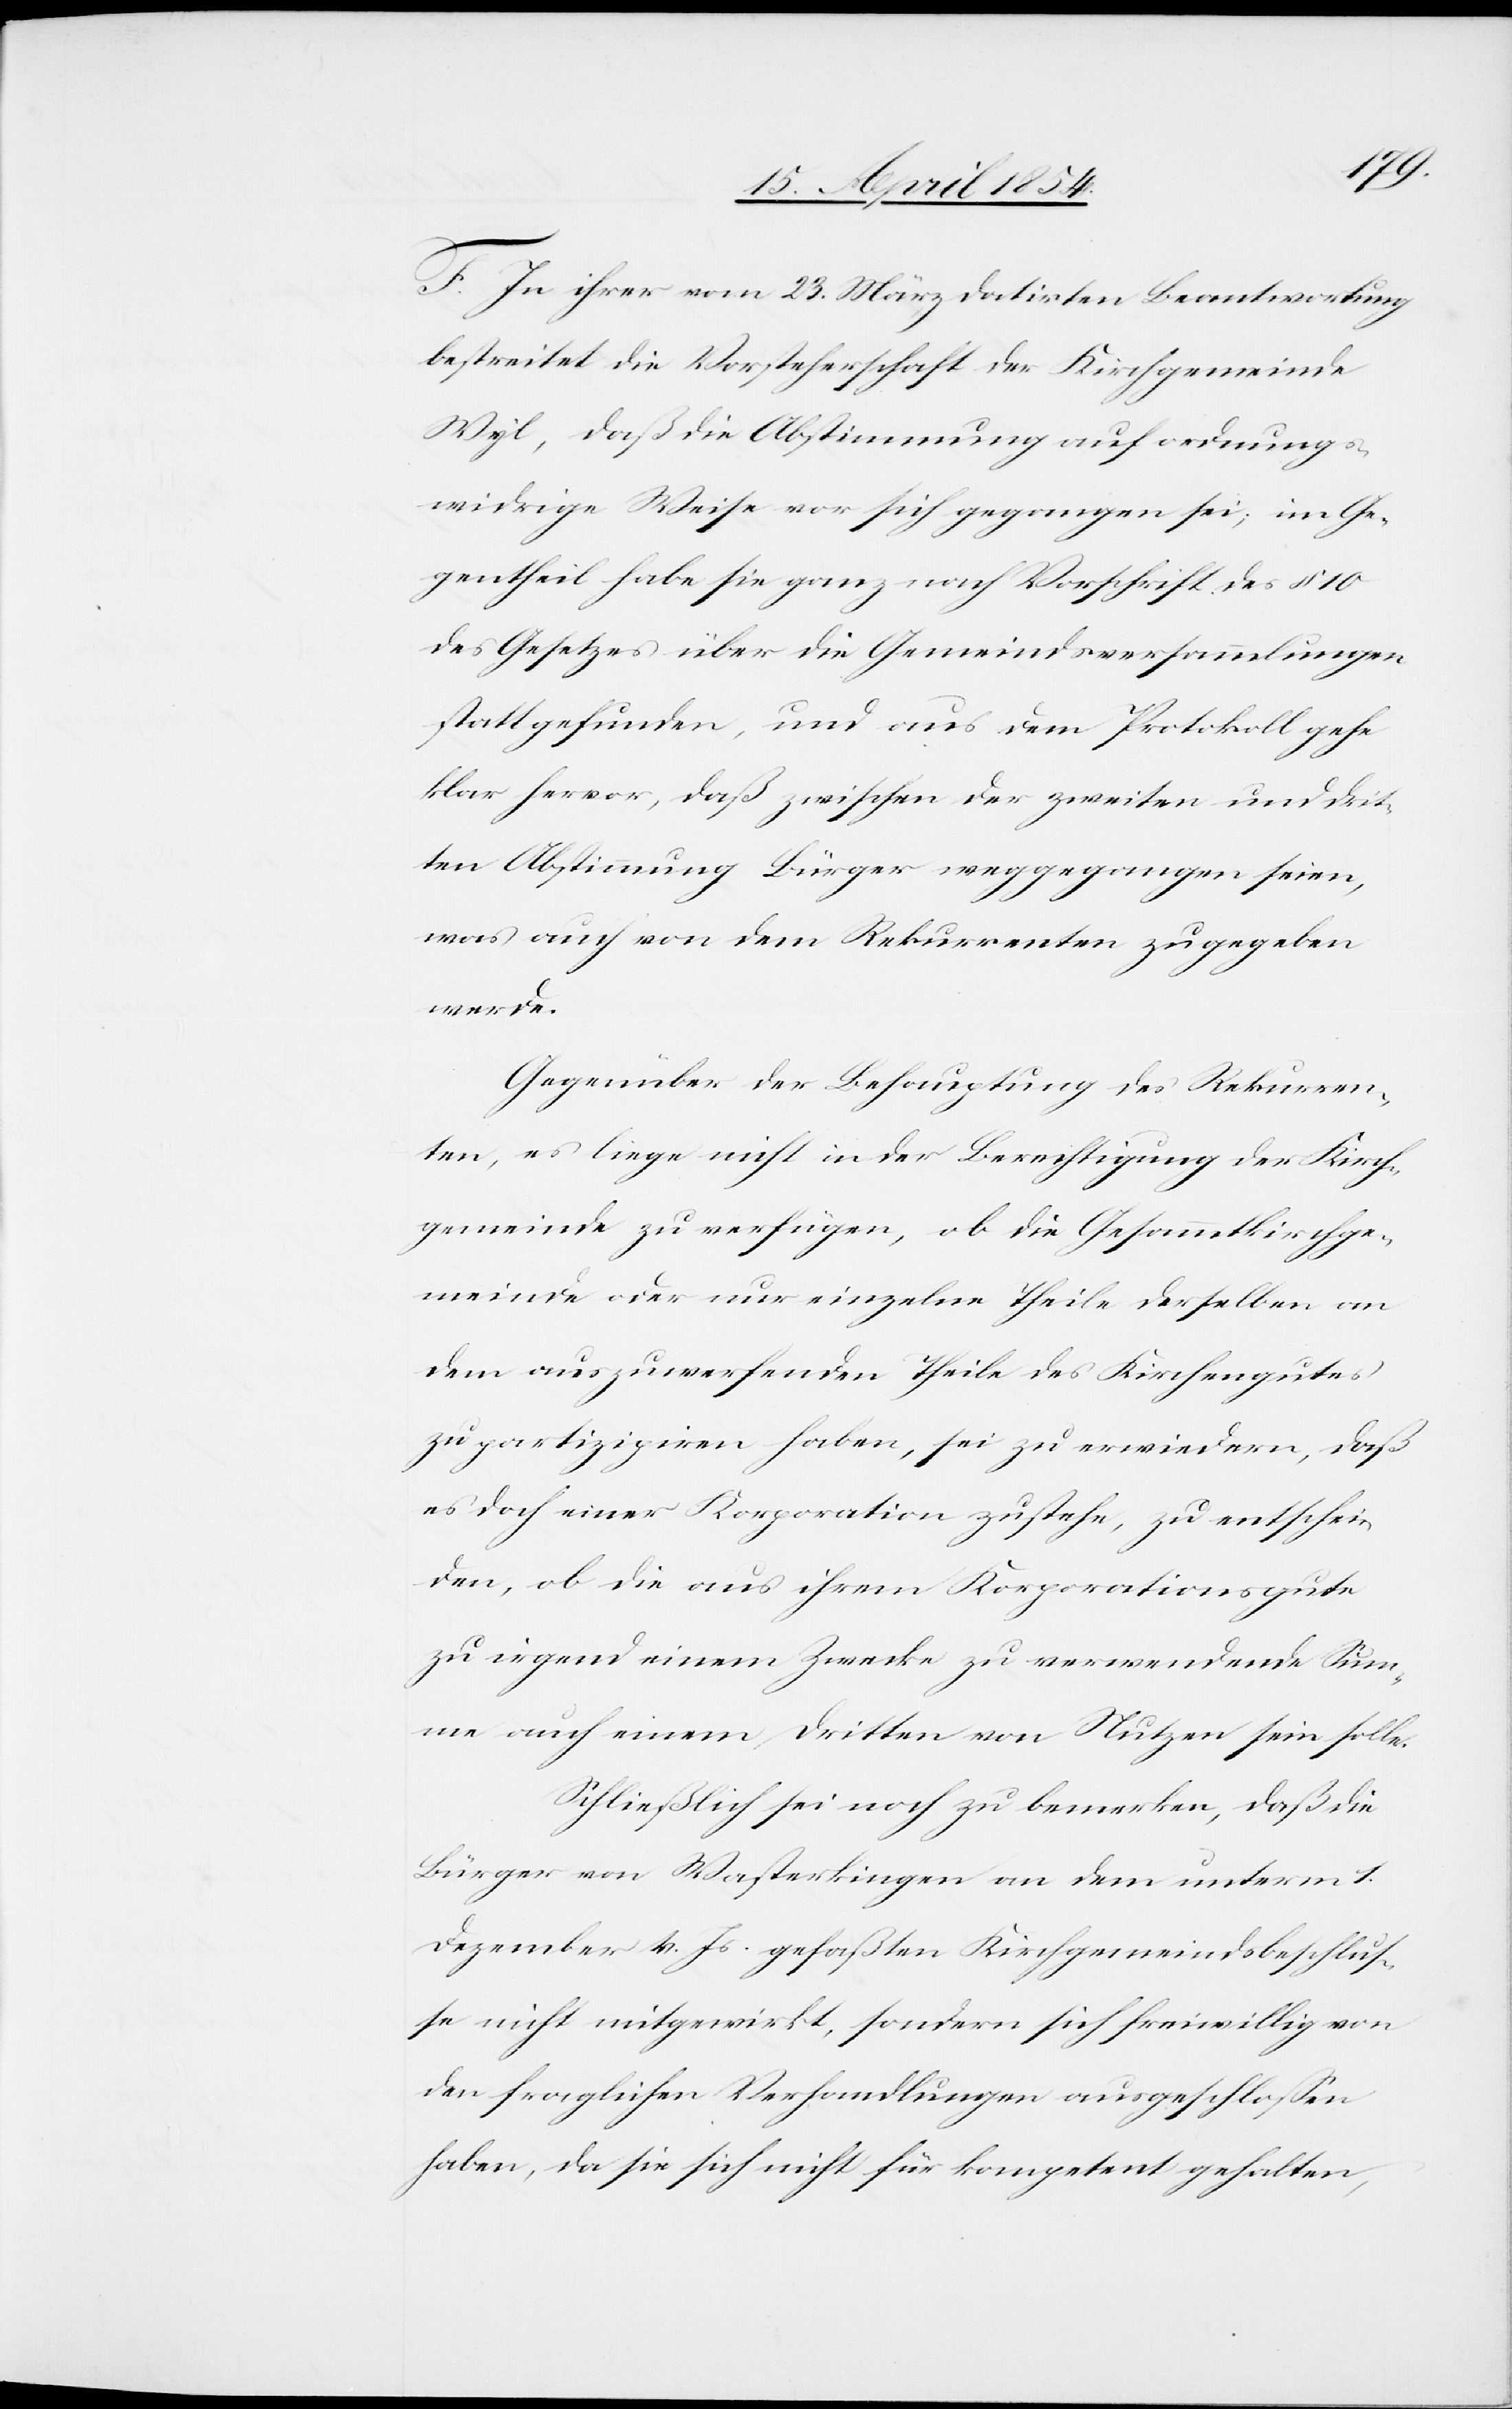
F. In ihrer vom 23. März datirten Beantwortung
bestreitet die Vorsteherschaft der Kirchgemeinde
Wyl, daß die Abstimmung auf ordnungs¬
widrige Weise vor sich gegangen sei; im Ge¬
gentheil habe sie ganz nach Vorschrift des § 10
des Gesetzes über die Gemeindsversammlungen
stattgefunden, und aus dem Protokoll gehe
klar hervor, daß zwischen der zweiten und drit¬
ten Abstimmung Bürger weggegangen seien,
was auch von dem Rekurrenten zugegeben
werde.
Gegenüber der Behauptung des Rekurren¬
ten, es liege nicht in der Berechtigung der Kirch¬
gemeinde zu verfügen, ob die Gesammtkirchge¬
meinde oder nur einzelne Theile derselben an
dem auszuwerfenden Theile des Kirchengutes
zu partizipiren haben, sei zu erwiedern, daß
es doch einer Korporation zustehe, zu entschei¬
den, ob die aus ihrem Korporationsgute
zu irgend einem Zwecke zu verwendende Sum¬
me auch einem dritten von Nutzen sein solle.
Schließlich sei noch zu bemerken, daß die
Bürger von Wasterkingen an dem unterm 1.
Dezember v. Js. gefaßten Kirchgemeindsbeschluß¬
e nicht mitgewirkt, sondern sich freiwillig von
den fraglichen Verhandlungen ausgeschloßen
haben, da sie sich nicht für kompetent gehalten,